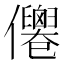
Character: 𠑗